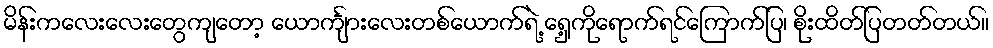
မိန်းကလေးလေးတွေကျတော့ ယောင်္ကျားလေးတစ်ယောက်ရဲ့ ရှေ့ကိုရောက်ရင်ကြောက်ပြ၊ စိုးထိတ်ပြတတ်တယ်။